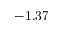
- 1 . 3 7